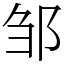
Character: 邹